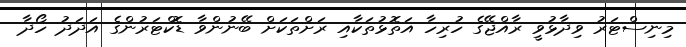
މިނިސްޓަރު ވިދާޅުވީ ރާއްޖޭގެ ހުރިހާ އަތޮޅުތަކާއި ރަށްތަކަށް ބޭނުންވާ ޑޮކްޓަރުންގެ އަދަދު ހޯދާ